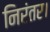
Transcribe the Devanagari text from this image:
निरंतर।